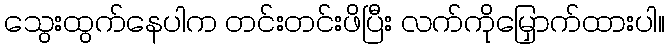
သွေးထွက်နေပါက တင်းတင်းဖိပြီး လက်ကိုမြှောက်ထားပါ။